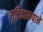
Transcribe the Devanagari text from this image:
मृत्तिकारूपाने